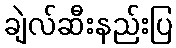
ချဲလ်ဆီးနည်းပြ